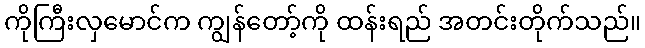
ကိုကြီးလှမောင်က ကျွန်တော့်ကို ထန်းရည် အတင်းတိုက်သည်။